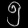
Digit: ၅